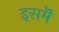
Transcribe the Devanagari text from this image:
इसमॆं